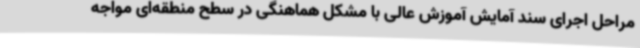
مراحل اجرای سند آمایش آموزش عالی با مشکل هماهنگی در سطح منطقه‌ای مواجه